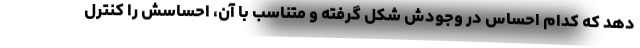
دهد که کدام احساس در وجودش شکل گرفته و متناسب با آن، احساسش را کنترل